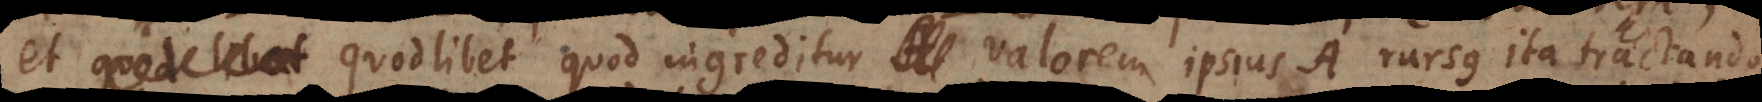
valorem, et quodlibet quod ingreditur valorem ipsius A rursus ita tractando